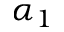
\alpha _ { 1 }